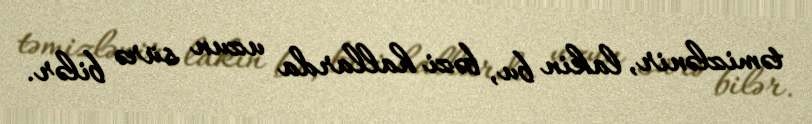
təmizlənir, lakin bu, bəzi hallarda uzun sürə bilər.